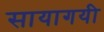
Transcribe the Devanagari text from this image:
सायागयी